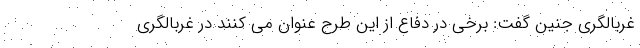
غربالگری جنین گفت: برخی در دفاع از این طرح عنوان می کنند در غربالگری